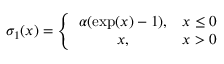
\sigma _ { 1 } ( x ) = \left\{ \begin{array} { c c } { \alpha ( \exp ( x ) - 1 ) , } & { x \leq 0 } \\ { x , } & { x > 0 } \end{array} \right.